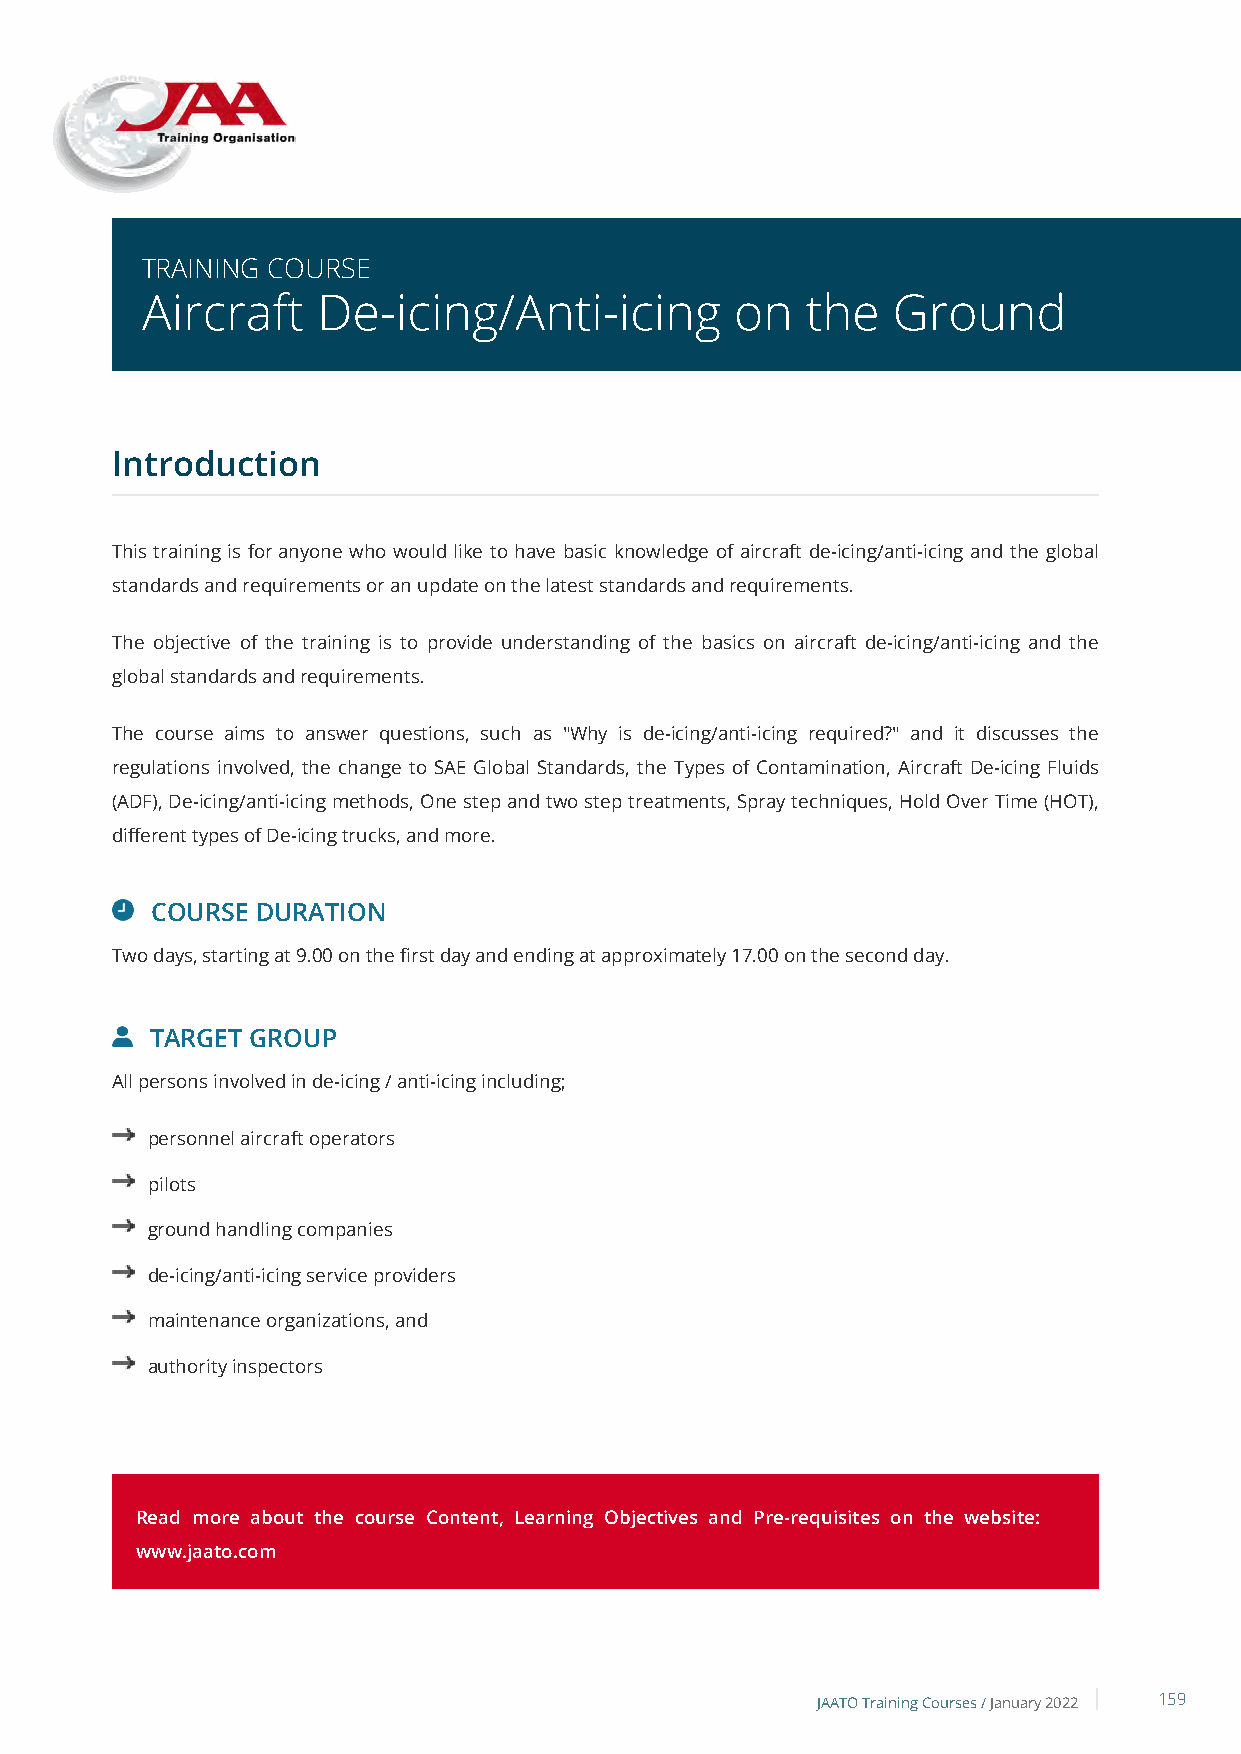
TRAINING COURSE
 Aircraft    De-icing/Anti-icing         on  the   Ground
 Introduction
 This training is for anyone who would like to have basic knowledge of aircraft de-icing/anti-icing and the global
 standards and requirements or an update on the latest standards and requirements.
 The objective of the training is to provide understanding of the basics on aircraft de-icing/anti-icing and the
 global standards and requirements.
 The course aims to answer questions, such as "Why is de-icing/anti-icing required?" and it discusses the
 regulations involved, the change to SAE Global Standards, the Types of Contamination, Aircraft De-icing Fluids
 (ADF), De-icing/anti-icing methods, One step and two step treatments, Spray techniques, Hold Over Time (HOT),
 different types of De-icing trucks, and more.
 COURSE DURATION
 Two days, starting at 9.00 on the first day and ending at approximately 17.00 on the second day.
 TARGET GROUP
 All persons involved in de-icing / anti-icing including;
 personnel aircraft operators
 pilots
 ground handling companies
 de-icing/anti-icing service providers
 maintenance organizations, and
 authority inspectors
 Read more about the course Content, Learning Objectives and Pre-requisites on the website:
 www.jaato.com
 JAATO Training Courses /January 2022 159